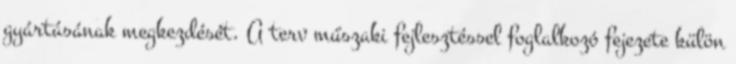
gyártásának megkezdését. A terv műszaki fejlesztéssel foglalkozó fejezete külön